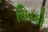
સિડકો